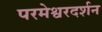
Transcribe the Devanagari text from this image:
परमेश्वरदर्शन